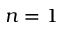
n = 1